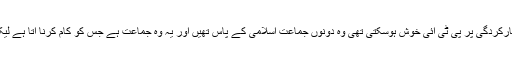
جن دو وزارتوں کی کارکردگی پر پی ٹی آئی خوش ہوسکتی تھی وہ دونوں جماعت اسلامی کے پاس تھیں اور یہ وہ جماعت ہے جس کو کام کرنا آتا ہے لیکن کریڈٹ لینا نہیں آتا۔